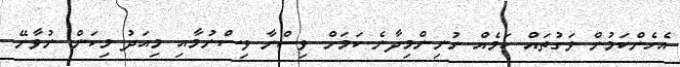
އެހެންކަމުން ވަގުތައް ކަމެއް ނުނިންމިދާނެ ކަމަށް ވިސްނާ ވިސްނުމާއި މިއަދު މިކަން ނުވާނޭ